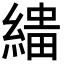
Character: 𦃠